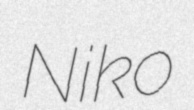
Niko